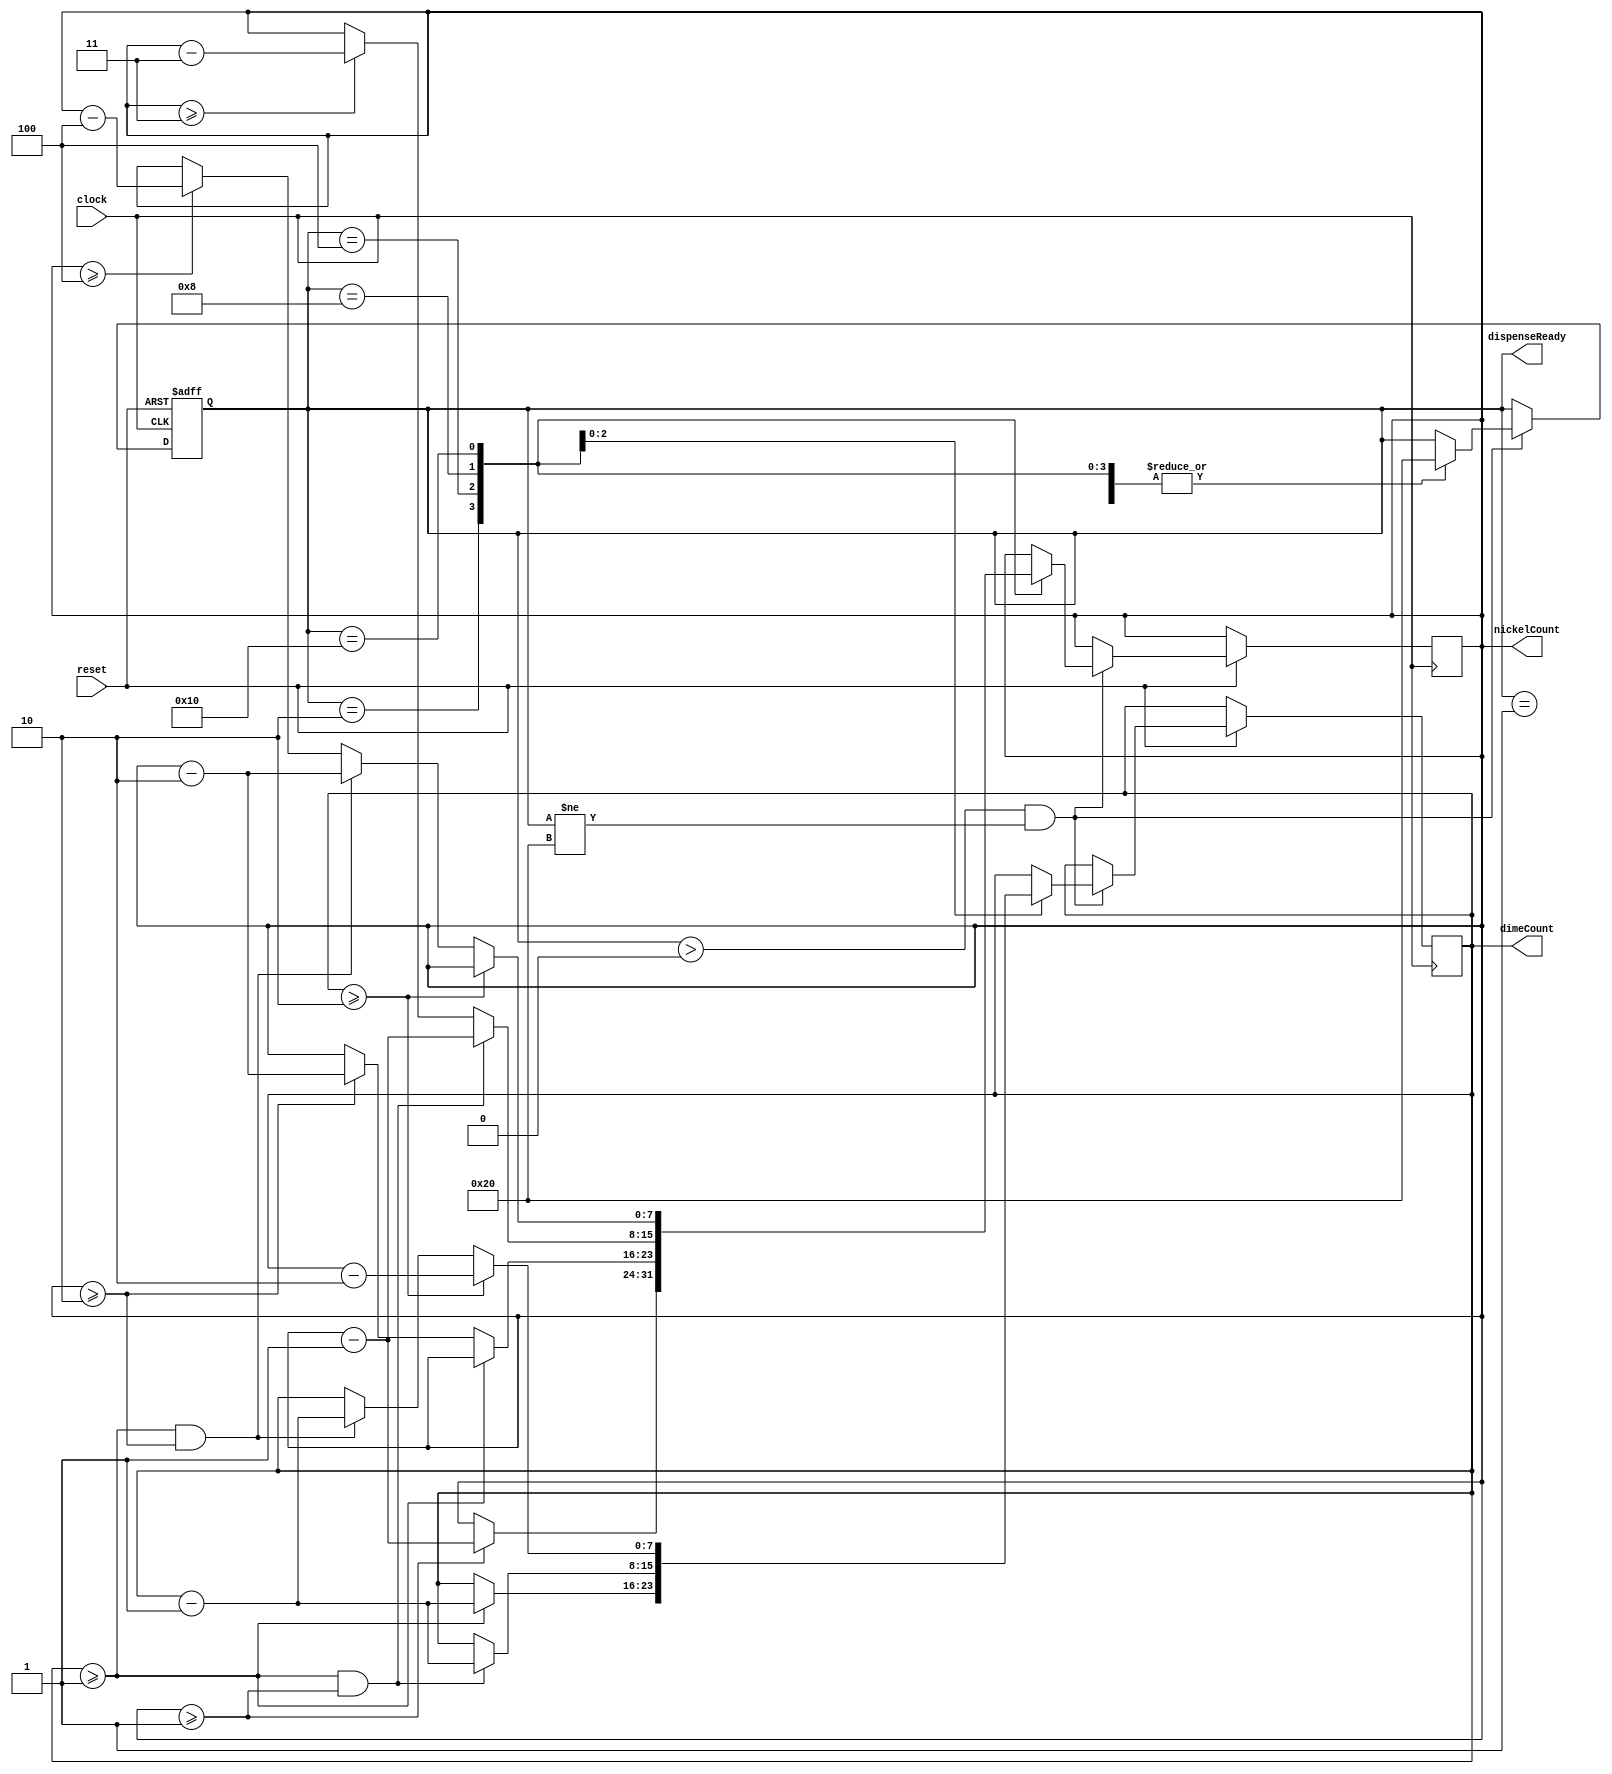
module dispense_fsm_zgrankin(clock, reset, nickelCount, dimeCount, dispenseReady);
	
	input clock;
	input reset;
	output reg [5:0] dispenseReady;
	output reg [7:0] nickelCount, dimeCount;
	
	parameter [4:0]	s60 = 5'd12, s65 = 5'd13, s70 = 5'd14,
					s75 = 5'd15, s80 = 5'd16;
					
   	parameter [1:0] nocoin = 2'b00, nickel  = 2'b01, // types of coin inputs
					dime   = 2'b10, quarter = 2'b11;
					
	parameter [5:0] dispense =   6'b000001, dispense5  = 6'b000010, 
					dispense10 = 6'b000100, dispense15 = 6'b001000, 
					dispense20 = 6'b010000;
					
	
	always @(posedge clock or negedge reset) begin
		if(!reset)
			dispenseReady <= 6'b100000;
		else if (dispenseReady > 6'b000000 && dispenseReady != 6'b100000) begin
			case(dispenseReady)
				dispense: begin
					dispenseReady <= 6'b100000;
				end
				
				dispense5: begin
					if (nickelCount >= 8'd1)	nickelCount <= nickelCount - 8'd1;
					dispenseReady <= 6'b100000;
				end
				
				dispense10: begin
					if (dimeCount >= 8'd1)			dimeCount <= dimeCount - 8'd1;
					else if (nickelCount >= 8'd2) 	nickelCount <= nickelCount - 8'd2;
					dispenseReady <= 6'b100000;
				end
				
				dispense15: begin 
					if (dimeCount >= 8'd1 && nickelCount >= 8'd1) begin
						dimeCount <= dimeCount - 8'd1;
						nickelCount <= nickelCount - 8'd1;
					end
					else if (nickelCount >= 8'd3) begin
						nickelCount <= nickelCount - 8'd3;
					end
					dispenseReady <= 6'b100000;
				end
				
				dispense20: begin
					if (dimeCount >= 8'd2) begin
						dimeCount <= dimeCount - 8'd2; 
					end
					else if (dimeCount >= 8'd1 && nickelCount >= 8'd2) begin
						dimeCount <= dimeCount - 8'd1;
						nickelCount <= nickelCount - 8'd2;
					end
					else if (nickelCount >= 8'd4) begin
						nickelCount <= nickelCount - 8'd4;
					end
					dispenseReady <= 6'b100000;
				end
			endcase
		end
	end
endmodule